Vaccine operations Central Provinces 1886-1899 - 1886-1899
Year: 1886
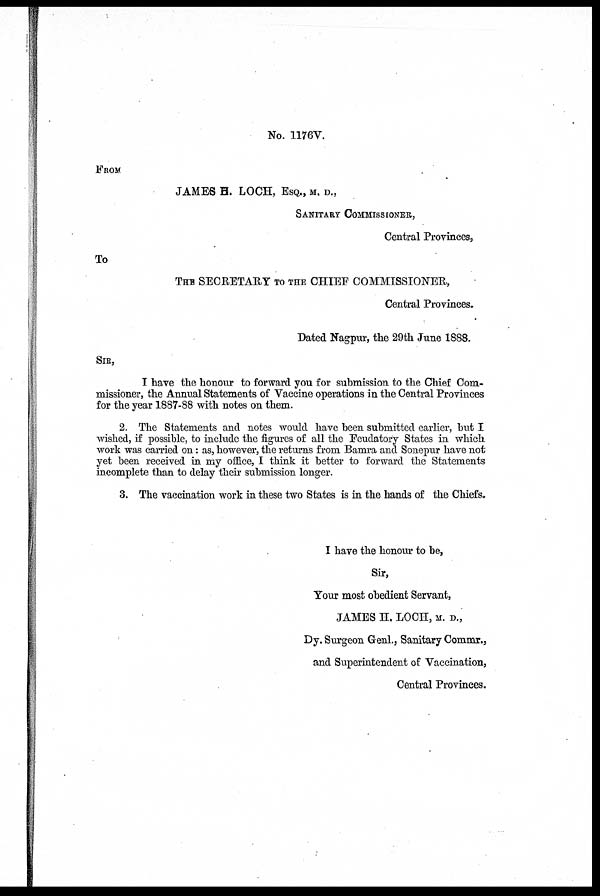
No. 1176V.
FROM
JAMES H. LOCH, ESQ., M. D.,
SANITARY COMMISSIONER,
Central Provinces,
To
THE SECRETARY TO THE CHIEF COMMISSIONER,
Central Provinces.
Dated Nagpur, the 29th June 1888.
SIR,
I have the honour to forward you for submission to the Chief Com-
missioner, the Annual Statements of Vaccine operations in the Central Provinces
for the year 1887-88 with notes on them.
2. The Statements and notes would have been submitted earlier, but I
wished, if possible, to include the figures of all the Feudatory States in which
work was carried on: as, however, the returns from Bamra and Sonepur have not
yet been received in my office, I think it better to forward the Statements
incomplete than to delay their submission longer.
3. The vaccination work in these two States is in the hands of the Chiefs.
I have the honour to be,
Sir,
Your most obedient Servant,
JAMES H. LOCH, M. D.,
Dy. Surgeon Genl., Sanitary Commr.,
and Superintendent of Vaccination,
Central Provinces.